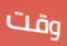
وقت